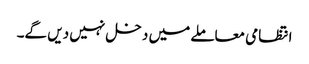
انتظامی معاملے میں دخل نہیں دیں گے۔